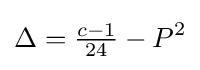
\Delta ={\tfrac {c-1}{24}}-P^{2}